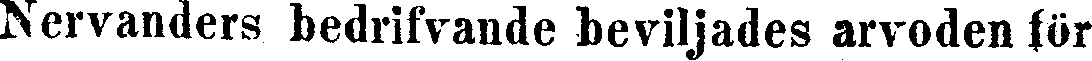
Nervanders bedrifvande beviljades arvoden för